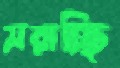
সরাচ্ছি